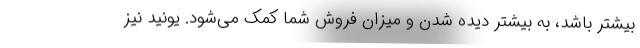
بیشتر باشد، به بیشتر دیده شدن و میزان فروش شما کمک می‌شود. یونید نیز